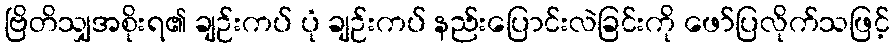
ဗြိတိသျှအစိုးရ၏ ချဉ်းကပ် ပုံ ချဉ်းကပ် နည်းပြောင်းလဲခြင်းကို ဖော်ပြလိုက်သဖြင့်